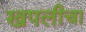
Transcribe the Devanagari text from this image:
खपलीचा